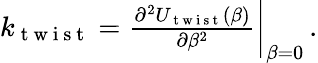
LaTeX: \begin{array}{r}{k_{\mathrm{~t~w~i~s~t~}}=\frac{\partial^{2}U_{\mathrm{~t~w~i~s~t~}}(\beta)}{\partial\beta^{2}}\bigg\rvert_{\beta=0}\, .}\end{array}